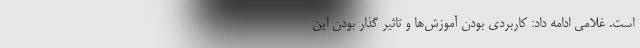
است. غلامی ادامه داد: کاربردی بودن آموزش‌ها و تاثیر گذار بودن این